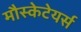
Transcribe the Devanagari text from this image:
मौस्केटेयर्स